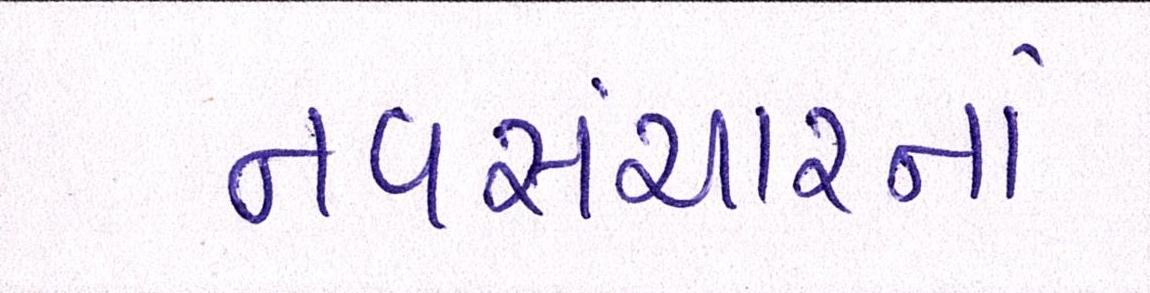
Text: નવસંચારનાં